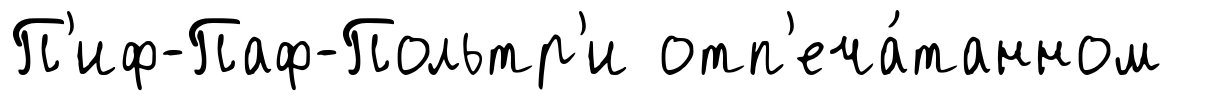
П'иф-Паф-Польтр'и отп'еча́танном